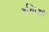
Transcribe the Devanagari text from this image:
हथियारोँ